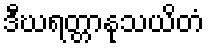
ဒီဃရတ္တာနုသယိတံ